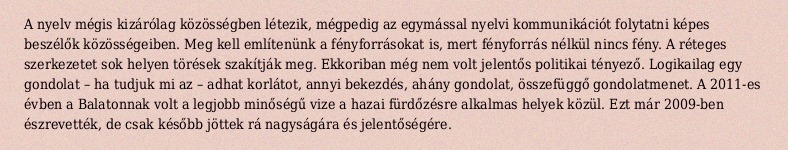
A nyelv mégis kizárólag közösségben létezik, mégpedig az egymással nyelvi kommunikációt folytatni képes beszélők közösségeiben. Meg kell említenünk a fényforrásokat is, mert fényforrás nélkül nincs fény. A réteges szerkezetet sok helyen törések szakítják meg. Ekkoriban még nem volt jelentős politikai tényező. Logikailag egy gondolat – ha tudjuk mi az – adhat korlátot, annyi bekezdés, ahány gondolat, összefüggő gondolatmenet. A 2011-es évben a Balatonnak volt a legjobb minőségű vize a hazai fürdőzésre alkalmas helyek közül. Ezt már 2009-ben észrevették, de csak később jöttek rá nagyságára és jelentőségére.